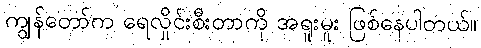
ကျွန်တော်က ရေလှိုင်းစီးတာကို အရူးမူး ဖြစ်နေပါတယ်။